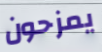
يمزحون